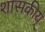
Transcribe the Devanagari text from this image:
शासकीय्